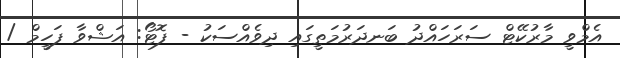
އެމްވީ މާރުކޭޓް ސަރަހައްދު ބަނދަރުމަތީގައި ދިވެއްސަކު - ފޮޓޯ: އަޝްވާ ފަހީމް /